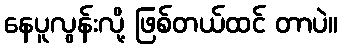
နေပူလွန်းလို့ ဖြစ်တယ်ထင် တာပဲ။